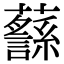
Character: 𧄎